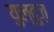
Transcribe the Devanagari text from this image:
युल्दुज़